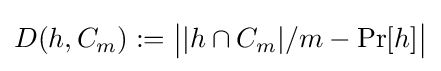
D(h,C_{m}):={\big |}|h\cap C_{m}|/m-\Pr[h]{\big |}